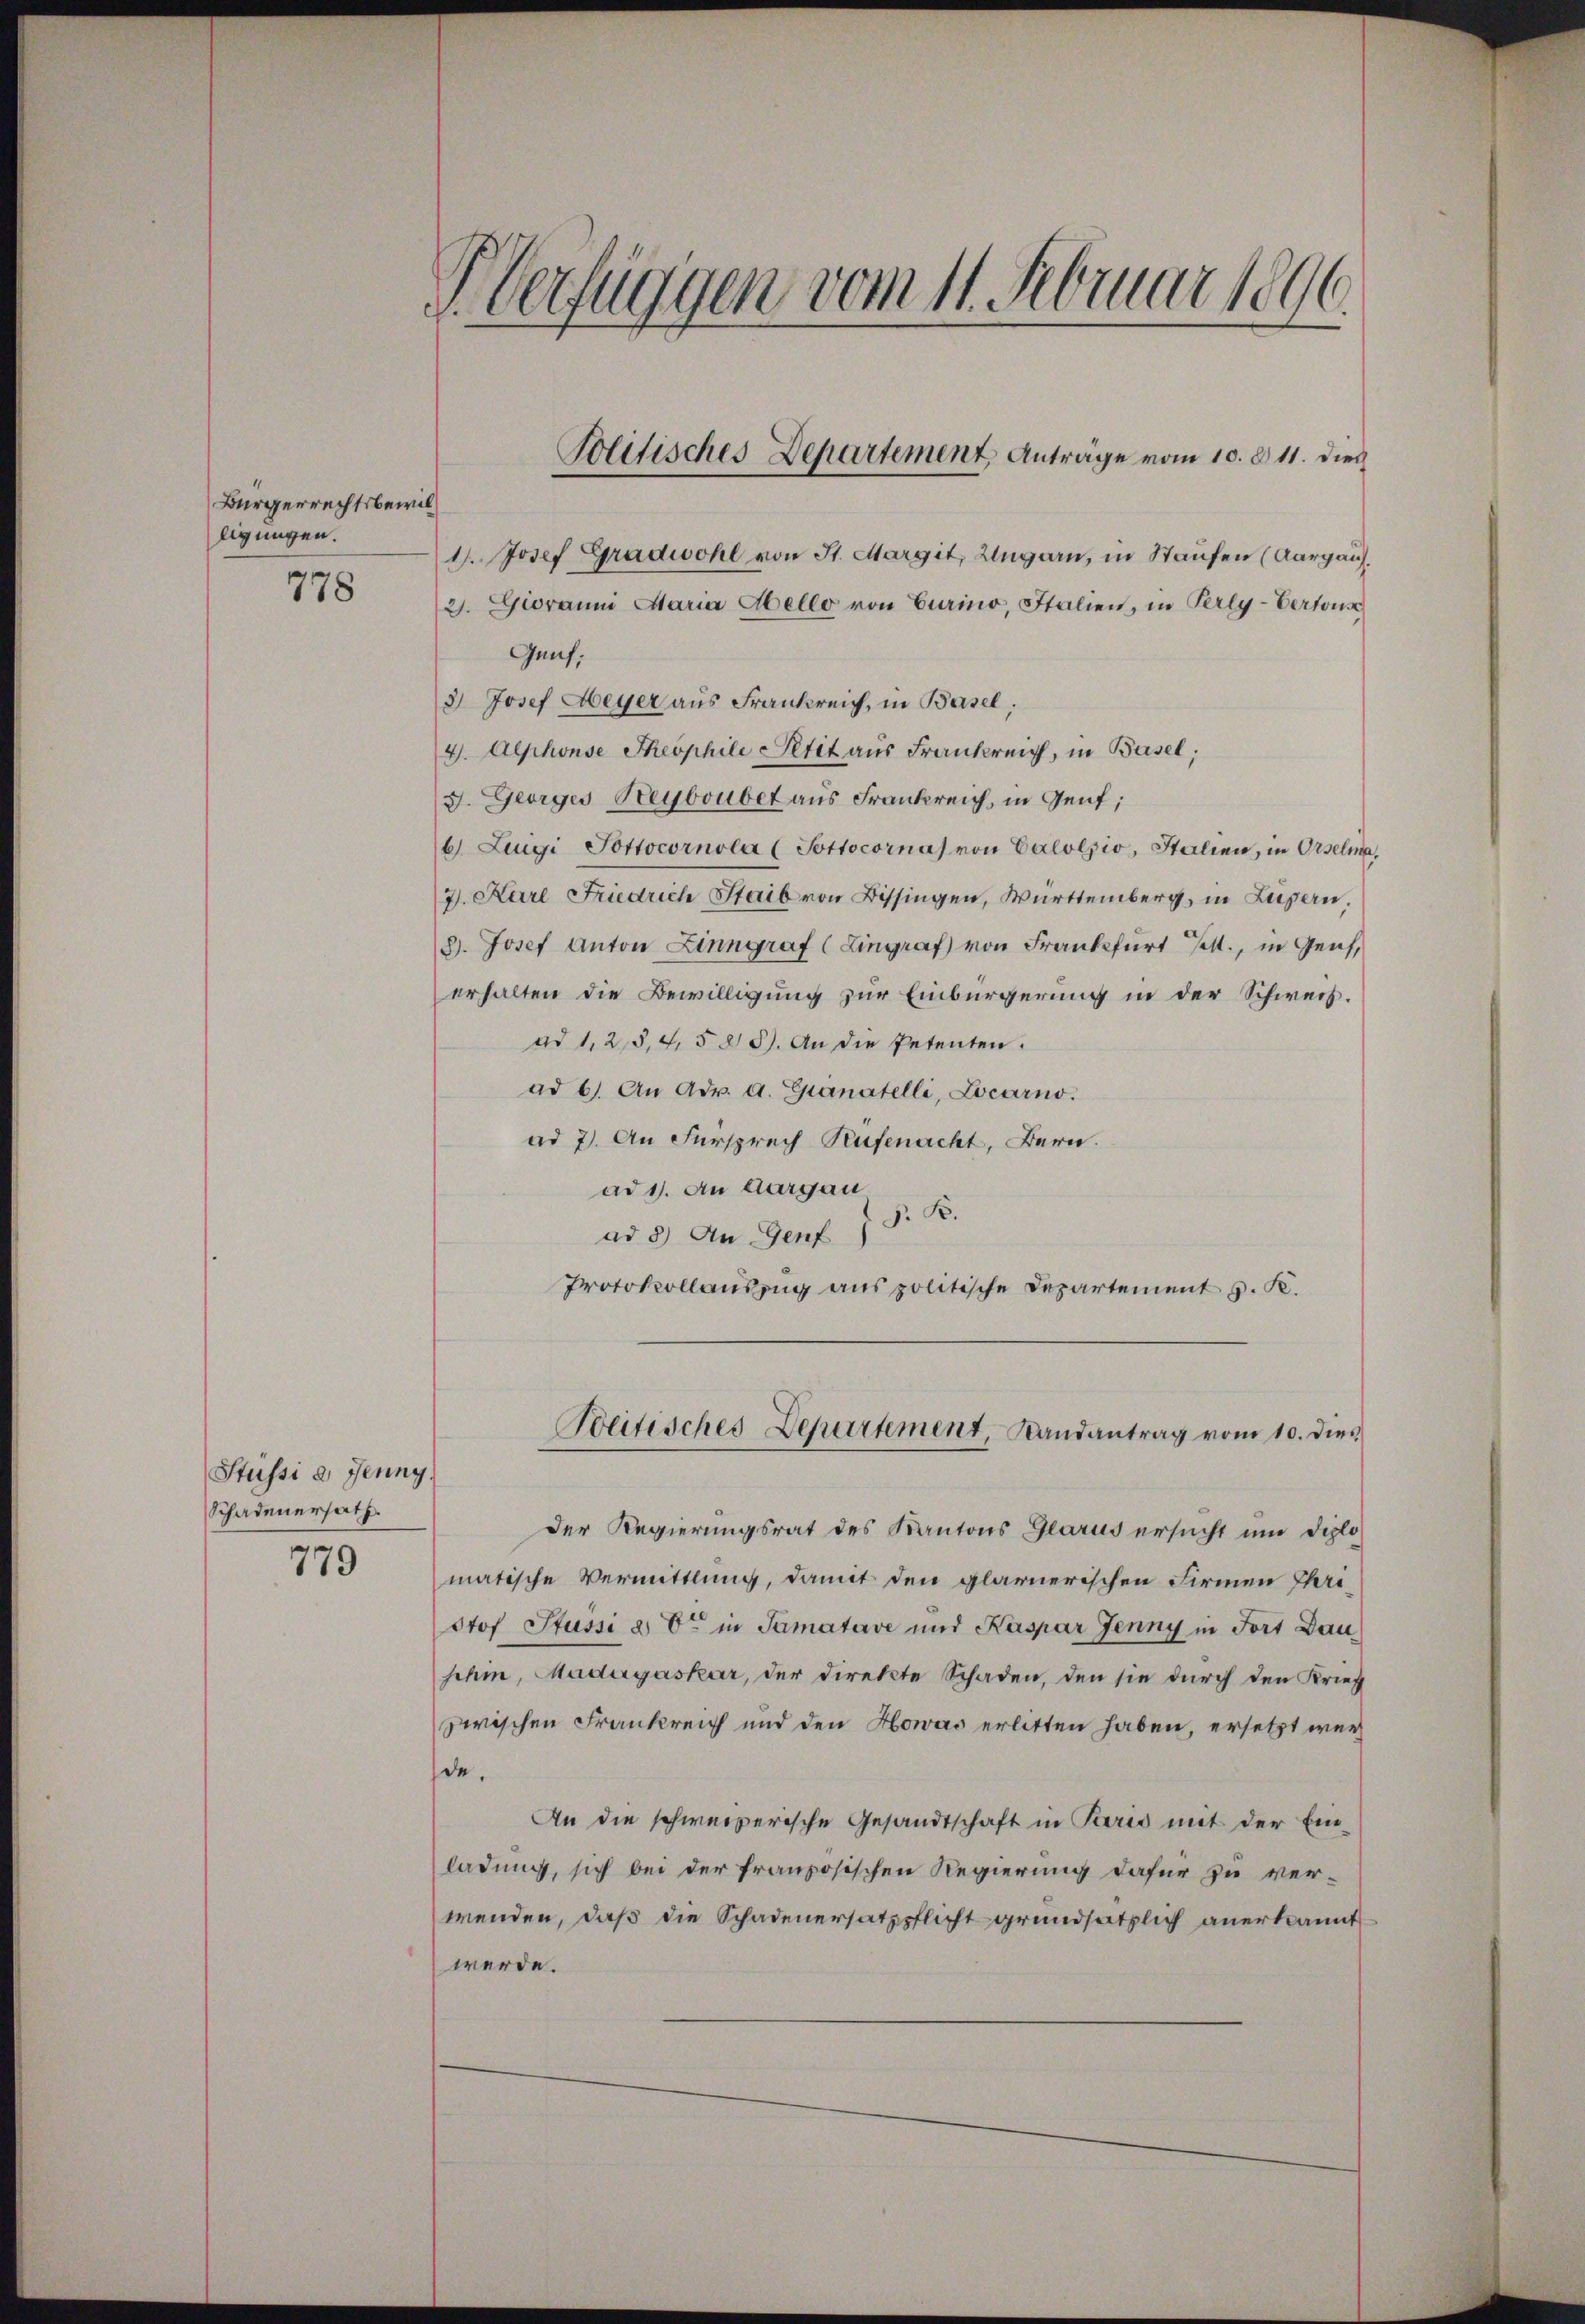
Bürgerrechtsbewilligungen.

778

Stüssi e Jenny
Schadenersatz.
779

S. Verfüggen vom 11. Februar 1896.

1. Josef Gradwohl von St. Margit, Ungarn, in Staufen (Aargau.
21. Giovanni Maria Hello von Eurino, Italien, in Perly-Vertons
Genf,
3 Josef Meyer aus Frankreich, in Basel,
4. Alphonse Theophile Petit aus Frankreich, in Basel;
3. Georges Reybouber aus Frankreich, in Genf;
6 Luigi Pottocornola (Sottocornas von Calolzio, Italien, in Orselma
J. Karl Friedrich Staib von Bissingen, Württemberg, in Luzern
8. Josef Anton Zinngraf (Eingraf von Frankfurt 14., in Genserhalten die Bewilligung zur Einbürgerung in der Schweiz.
ad 1, 25, 4, 5 § 5). An die Petenten.
ad 6. An Adr. a. Granatelli, Locarno.
ad 7. An Fürsprech Rufenacht, Bern.
ad 1. An Aargau
P. B.
ad 3) An Genf)
Protokollauszug aus politische Departement v. K.

Politisches Departement Anträge vom 10. d. 11. dies

der Regierungsrat des Kantons Glarus ersucht und Diplo
matische Vermittlung, damit den glarnerischen Firmen Ihri¬
Ptof Pfussi à ce in Samatave und Kaspar Jenny in Fort Dau
schin, Madagaskar, der Direkte Schaden, den sie durch den Krief
zwischen Frankreich und den Howas erlitten haben, ersetzt wer
de.
An die schweizerische Gesandtschaft in Paris mit der Ein-
ladung, sich bei der französischen Regierung dafür zu ver-
wenden, daß die Schadenersatzpflicht grundsätzlich anerkannt
werde.

Teitisches Departement, Landantrag vom 10. dies
.